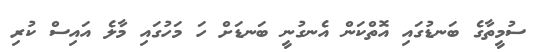
ސުމީތާގެ ބަނޑުގައި އޮތްކަން އެނގުނީ ބަނޑަށް ހަ މަހުގައި މާލެ އައިސް ކުރި